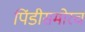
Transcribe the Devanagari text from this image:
पिंडीसमोरच